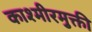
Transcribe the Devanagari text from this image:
काश्मीरमुक्ती